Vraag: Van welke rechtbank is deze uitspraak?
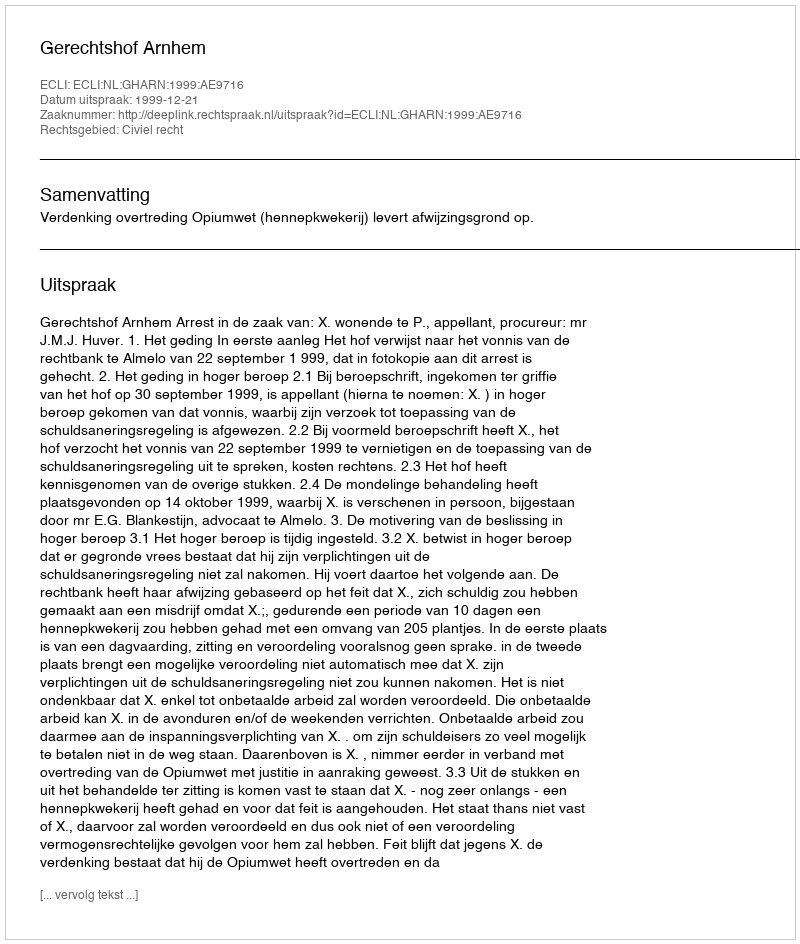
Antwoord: Gerechtshof Arnhem